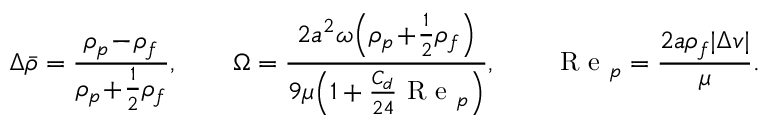
\Delta \bar { \rho } = \frac { \rho _ { p } \! - \! \rho _ { f } } { \rho _ { p } \! + \! \frac { 1 } { 2 } \rho _ { f } } , \qquad \Omega = \frac { 2 a ^ { 2 } \omega \Bigl ( \rho _ { p } \! + \! \frac { 1 } { 2 } \rho _ { f } \Bigr ) } { 9 \mu \Bigl ( 1 + \frac { C _ { d } } { 2 4 } \mathrm { ~ R ~ e ~ } _ { p } \Bigr ) } , \qquad \mathrm { ~ R ~ e ~ } _ { p } = \frac { 2 a \rho _ { f } | \Delta v | } { \mu } .